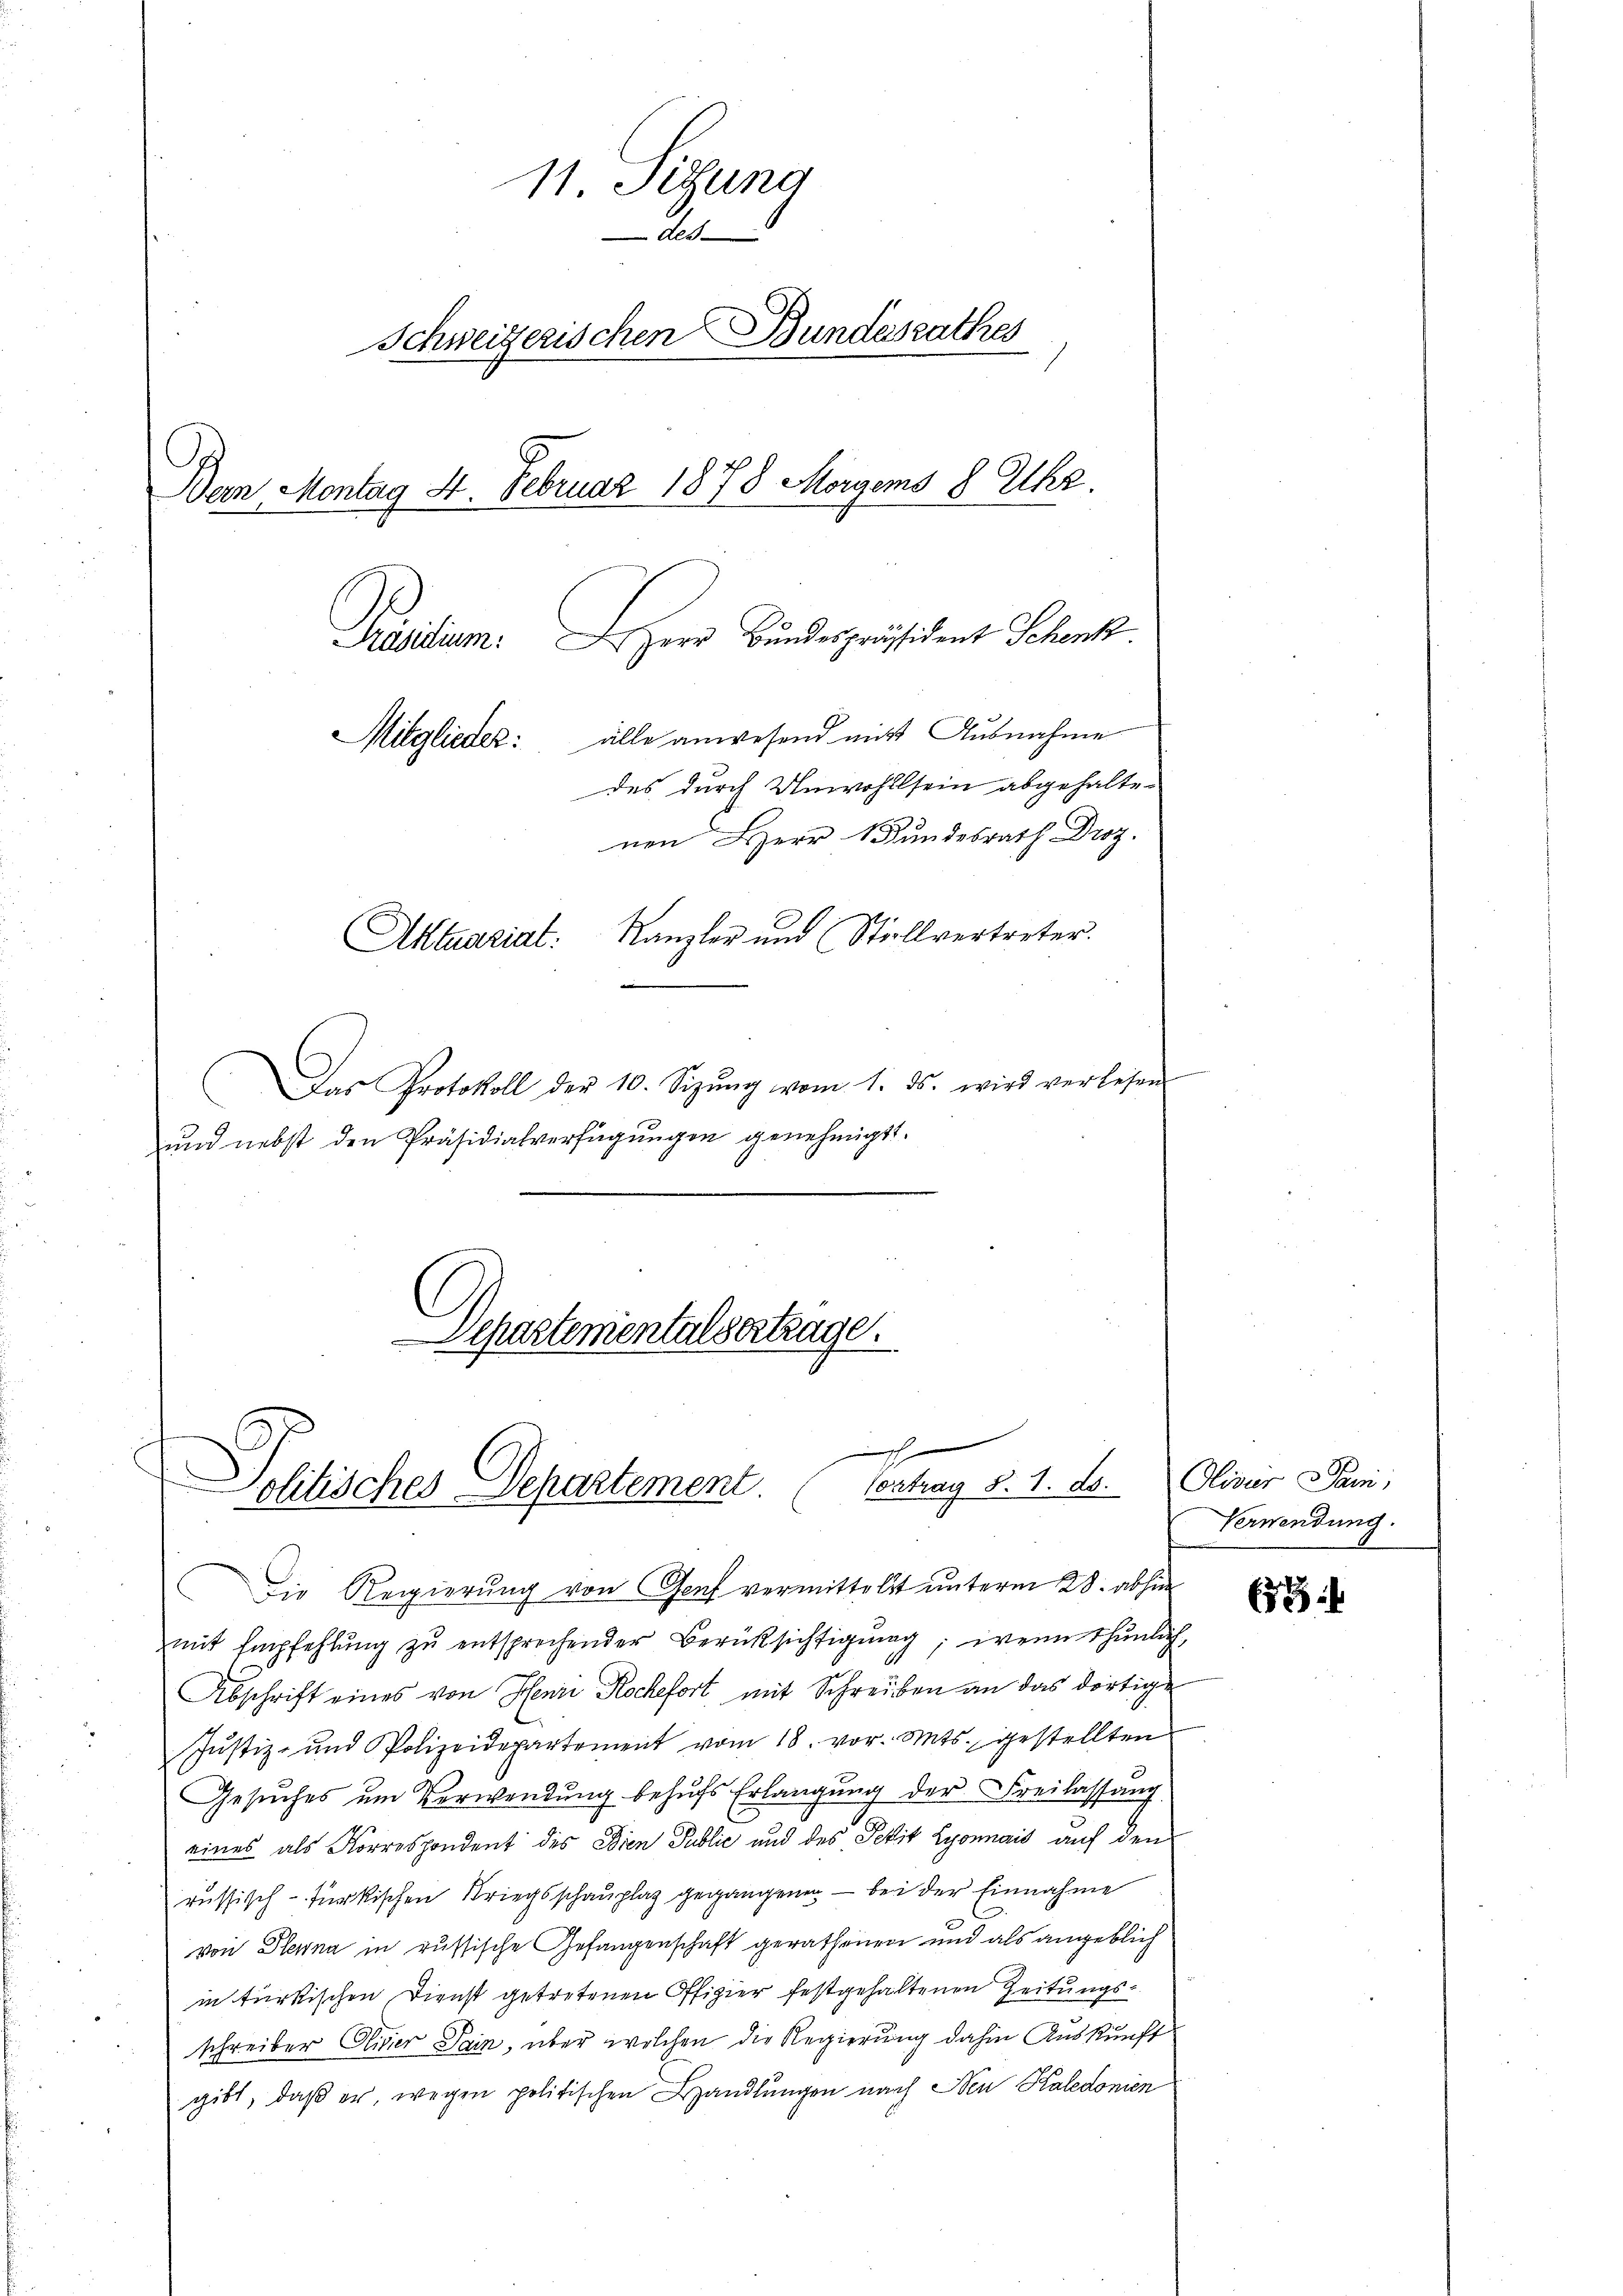
11. Sigung
2
Schweizerischen Bundesrathes
Bern, Montag 4. Februar 1878 Morgens 8 Uhr.
Präsidium. Herr Bundespräsident Schank
Mitglieder: alle anwesend mit Ausnahme
des durch Unwohllsein abgehaltenen Herr Bundesrath Droz.
Kanzler und (Stillvertreter.
Aktuariat.

Das Protokoll der 10. Sizŭng vom 1. ds. wird verlesen
und nebst den Präsidialverfügungen genehmigt.

Departementalsertrage.

Die Regierung von Genf vermittelst unterm 28. abhin
mit Empfehlung zu entsprechender Berüksichtigung, wenn thunlich,
Abschrift eines von Henri Rochefort mit Schreiben an das dortige
Jŭstiz- und Polizeidepartement vom 18. vor. Mts. gestellten
Gesuches um Verwendung behufs Erlangung der Freilassung
eines als Korrespondent des Dien Public und des Petit Lyonnais auf den
russisch-fürkischen Kriegsschauplaz gegangenen — bei der Einnahme
von Plena in russische Gefangenschaft gerathenen und als angeblich
in türkischen Dienst getretenen Offizier festgehaltenen Zeitungsschreiber Eliser Sain, über welchen die Regierung dahin Auskunft
gibt, daß er, wegen politischen Handlungen nach Neu Kaledonien

h
Solitisches Departement. (Contrag §. 1. ds. Oliver Pani,

Verwendung.

2